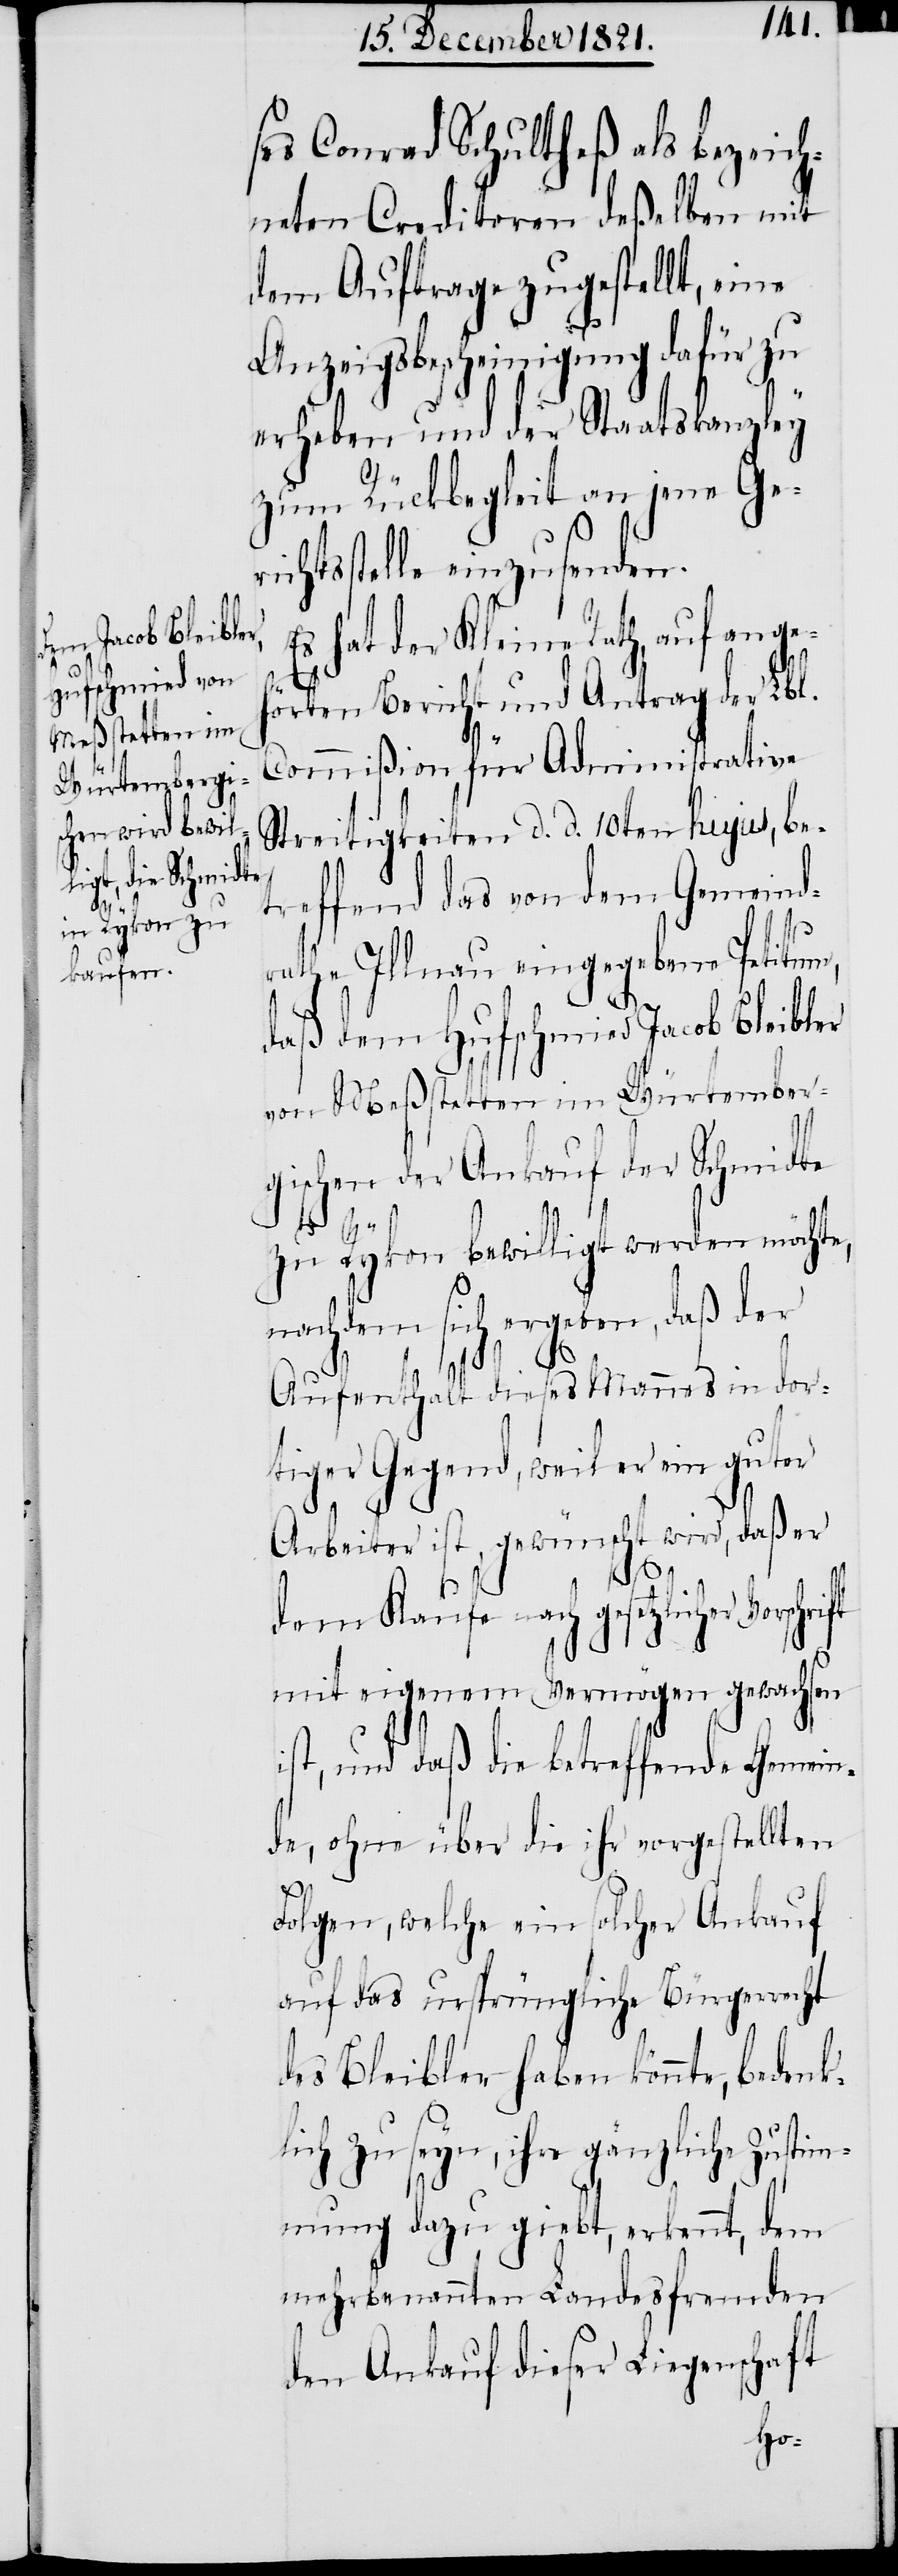
ses Conrad Schultheß als bezeich¬
neten Creditoren deßelben mit
dem Auftrage zugestellt, eine
Anzeigsbescheinigung dafür zu
erheben und der Staatskanzley
zum Rückbegleit an jene Geri¬
chtsstelle einzusenden.
Es hat der Kleine Rath, auf angeh¬
örten Bericht und Antrag der Lbl.
Commißion für Administrative
Streitigkeiten d. d. 10ten hujus, be¬
treffend das von dem Gemeind¬
rathe Illnau eingegebene Petitum,
daß dem Hufschmied Jacob Bleibler
von Meßstetten im Würtember¬
gischen der Ankauf der Schmidte
zu Rykon bewilligt werden möchte,
nachdem sich ergeben, daß der
Aufenthalt dieses Mannes in dor¬
tiger Gegend, weil er ein guter
Arbeiter ist, gewünscht wird, daß er
dem Kaufe nach gesetzlicher
mit eigenem Vermögen gewachsen
ist, und daß die betreffende Gemein¬
de, ohne über die ihr vorgestellten
Folgen, welche ein solcher Ankauf
auf das ursprüngliche Bürgerrecht
des Bleibler haben könnte, beden¬
klich zu seyn, ihre gänzliche Zustim¬
mung dazu giebt, erkennt, dem
mehrbenannten Landesfremden
den Ankauf dieser Liegenschaft